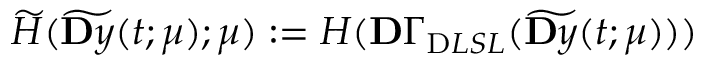
\widetilde H ( \widetilde { \ensuremath Ḋ \mathbf Ḋ y Ḍ Ḍ } ( t ; \ensuremath { \boldsymbol Ḋ \mu Ḍ } ) ; \ensuremath { \boldsymbol Ḋ \mu Ḍ } ) : = H ( \ensuremath { \mathbf Ḋ \Gamma Ḍ } _ { \mathrm { Ḋ } L S L Ḍ } ( \widetilde { \ensuremath Ḋ \mathbf Ḋ y Ḍ Ḍ } ( t ; \ensuremath { \boldsymbol Ḋ \mu Ḍ } ) ) )